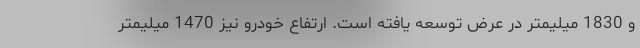
و 1830 میلیمتر در عرض توسعه یافته است. ارتفاع خودرو نیز 1470 میلیمتر